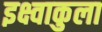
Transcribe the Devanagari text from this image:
इक्ष्वाकुला